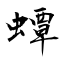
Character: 蟫